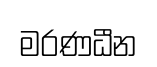
මරණධීන